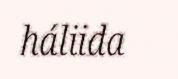
háliida